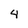
Character: 4